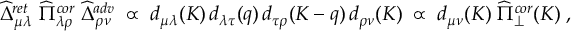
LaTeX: S = \int d \tau \ \frac 1 2 M \dot { x } ^ { \mu } \dot { x } _ { \mu } + e _ { 0 } \, \dot { x } ^ { \mu } \, a _ { \mu } ( \tau , x ) + e _ { 0 } \, a _ { 4 } ( \tau , x )